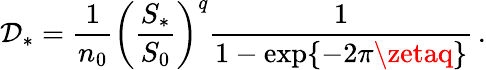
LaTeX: \mathcal{D}_{*}=\frac{{1}}{{n_{0}}}\left(\frac{{S_{*}}}{{S_{0}}}\right)^{q}\frac{{1}}{{1-\exp\{ -2\pi\zetaq\} }}\, .